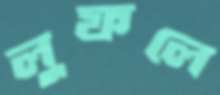
লুফলে